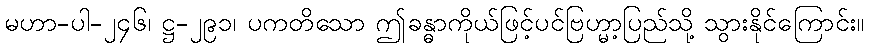
မဟာ-ပါ-၂၄၆၊ ဋ္ဌ-၂၉၁၊ ပကတိသော ဤခန္ဓာကိုယ်ဖြင့်ပင်ဗြဟ္မာ့ပြည်သို့ သွားနိုင်ကြောင်း။